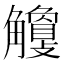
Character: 𧥎